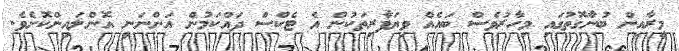
މީރާއިން ބުނާގޮތުގައި މިހާރުވެސް ބައެއް ވިޔަފާރިތަކުން އެ ޓެކްސް ދައްކަމުން އަންނަނީ އޮންލައިންކޮށެވެ.